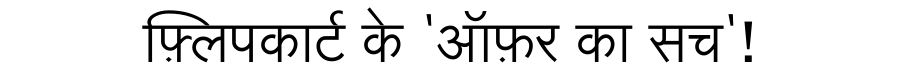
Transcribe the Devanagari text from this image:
फ़्लिपकार्ट के 'ऑफ़र का सच'!